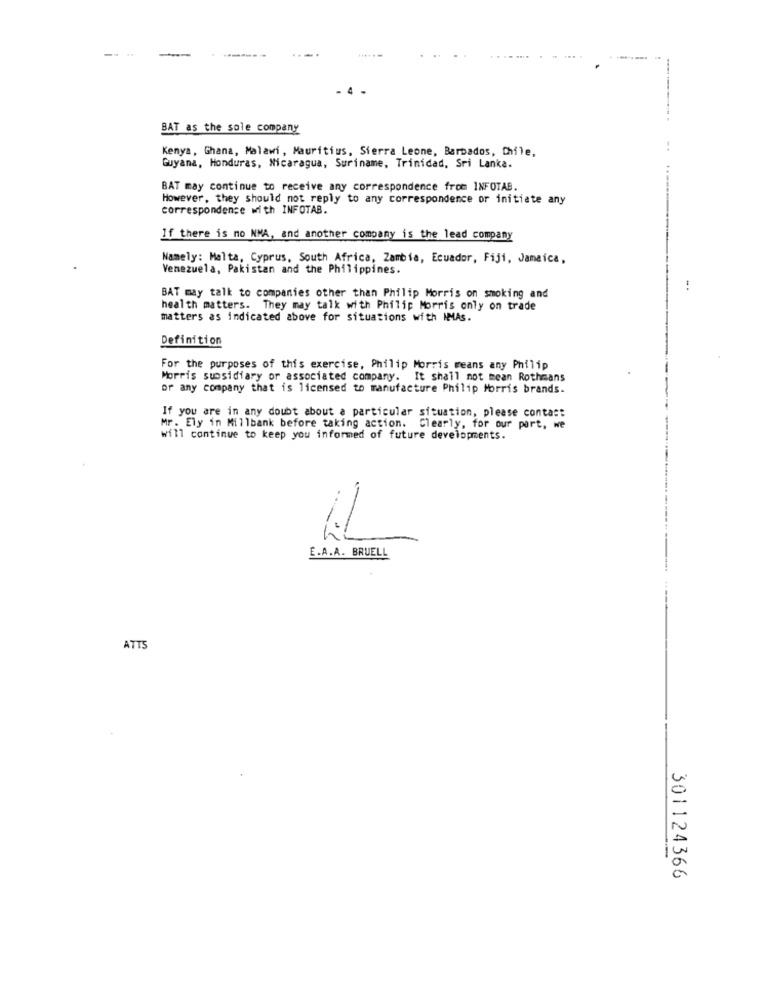
--
------
BAT as the sole company
Kenya, Ghana, Malawi, Mauritius, Sierra Leone, Barbados, Chile,
Guyana, Honduras, Nicaragua, Suriname, Trinidad, Sri Lanka.
BAT may continue to receive any correspondence from INFOTAB.
However, they should not reply to any correspondence or initiate any
correspondence with INFOTAB.
If there is no NMA, and another company is the lead company
Namely: Malta, Cyprus, South Africa, Zambia, Ecuador, Fiji, Jamaica,
Venezuela, Pakistan and the Philippines.
BAT may talk to companies other than Philip Morris on smoking and
health matters. They may talk with Philip Morris only on trade
matters as indicated above for situations with IMAs.
Definition
For the purposes of this exercise, Philip Morris means any Philip
Morris subsidiary or associated company. It shall not mean Rothmans
or any company that is licensed to manufacture Philip Morris brands.
If you are in any doubt about a particular situation, please contact
Mr. Ely in Millbank before taking action. Clearly, for our port, we
will continue to keep you informed of future developments.
E.A.A. BRUELL
ATTS
301124366